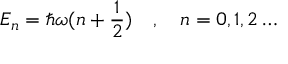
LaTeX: E _ { n } = \hbar \omega ( n + { \frac { 1 } { 2 } } ) \quad , \quad n = 0 , 1 , 2 \ldots